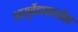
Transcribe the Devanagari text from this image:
आयुर्वेदाचार्यांना